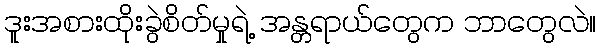
ဒူးအစားထိုးခွဲစိတ်မှုရဲ့ အန္တရာယ်တွေက ဘာတွေလဲ။